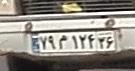
۷۹م۱۲۴۳۶